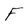
Character: F